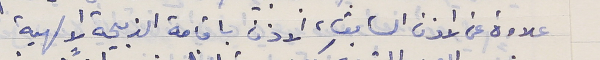
علاوة عن الاذن السابق، الاذن باقامة الذبيحة الالهية